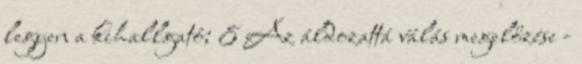
legyen a kihallgató; 8 Az áldozattá válás megelőzése -